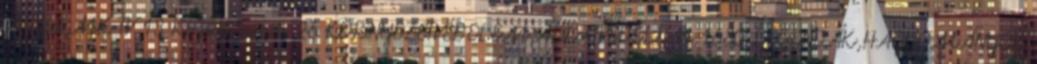
Árpád,MK TV 13 Kozsdi Tamás 26 KÖRNYEZETVÉDELEM,ÁLLATVÉDELEM 1680 LEGENDÁK,HAGYOMÁNYOK